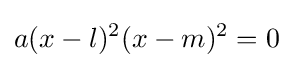
a(x-l)^{2}(x-m)^{2}=0